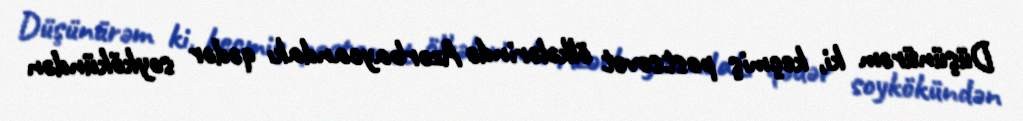
Düşünürəm ki, keçmiş postsovet ölkələrində Azərbaycandakı qədər soykökündən